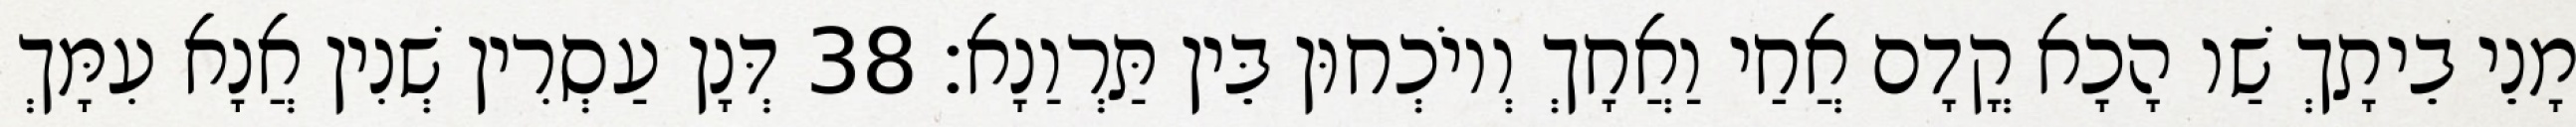
מָנֵי בֵיתָךְ שַׁו הָכָא קֳדָם אֲחַי וַאֲחָךְ וְיוֹכְחוּן בֵּין תַּרְוַנָא׃ 38 דְּנָן עַסְרִין שְׁנִין אֲנָא עִמָּךְ